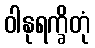
ဝါနုရက္ခိတုံ